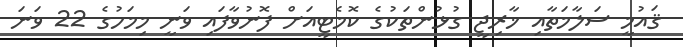
ޤައުމީ ސަލާމަތާއި ޚާރިޖީ ގުޅުންތަކުގެ ކޮމެޓީއަށް ފޮނުވާފައި ވަނީ މިމަހުގެ 22 ވަނަ